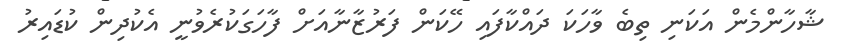
ޝާހާންމެން އަކަނި ތިބެ ވާހަކަ ދައްކާފައި ހޭކަން ފަރުޒާނާއަށް ފާހަގަކުރެވުނީ އެކުދިން ކުޑައިރު